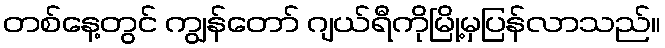
တစ်နေ့တွင် ကျွန်တော် ဂျယ်ရီကိုမြို့မှပြန်လာသည်။